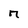
Character: n